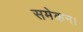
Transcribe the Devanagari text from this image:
समेकन।